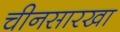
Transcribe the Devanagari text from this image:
चीनसारखा